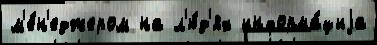
м'е́н'еджером на л'ю́д'ях информа́циjа